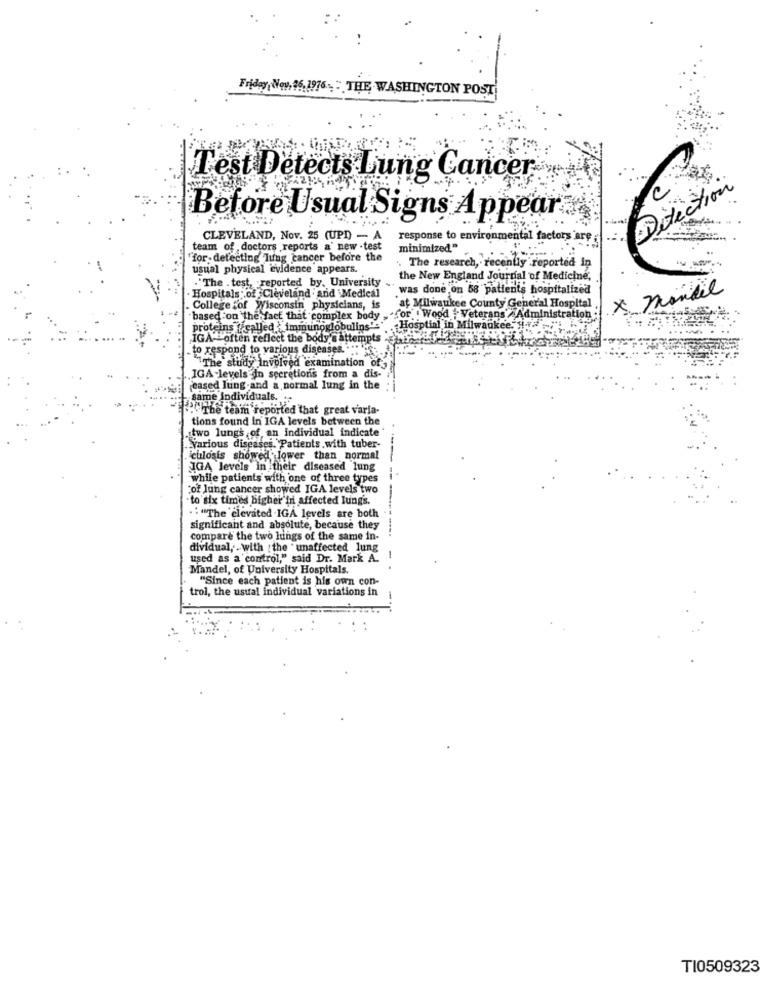
Friday, Wow, 26,1976- - THE WASHINGTON POST
Test Detects Lung Cancer
Direction
C
Before Usual Signs Appear
CLEVELAND, Nov. 25 (UPD) - A
response to environmental factors are ;
team of doctors reports a' new . test
minimized"
for detecting lung cancer before the
. The research, recently reported in
usual physical evidence appears.
."The . test, reported by, University ..
the New England Journal of Medicine,
"was done on 58 patients hospitalized
x mandel
Hospitals :. of Cleveland and Medical
College of Wisconsin physicians, is
`at Milwaukee County General Hospital
based on the fact that complex body . "for " Wood :"Veterans Administration
proteins ( called : immunoglobulins'="
Hosptial in Milwaukee. Si
IGA- often reflect the body's attempts
to respond to various diseases. ...
The study Involved examination of
IGA levels In secretions from a dis-
feased lung-and a normal lung in the
same Individuals.
. The team reported that great varla-
tions found in IGA levels between the
two lungs of an individual indicate
Various diseases. Patients with tuber-
culosis showed lower than normal
IGA levels in their diseased lung
while patients with one of three types
cof lung cancer showed IGA levels two
"to six times higher'in affected Jung's.
." "The elevated .IGA levels are both
significant and absolute, because they
compare the two hings of the same in-
dividual, - with : the unaffected lung
used as a control," said Dr. Mark A.
Mandel, of University Hospitals.
"Since each patient is his own con-
trol, the usual individual variations in
TI0509323